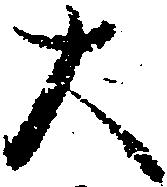
大